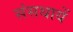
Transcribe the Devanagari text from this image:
संसथायें